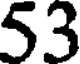
53